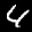
Label: 4